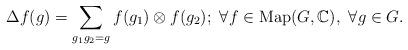
LaTeX: \begin{align*}\Delta f(g) = \sum_{g_1 g_2 = g} f(g_1) \otimes f(g_2); \ \forall f \in \mathrm{Map}(G, \mathbb{C}), \ \forall g\in G.\end{align*}